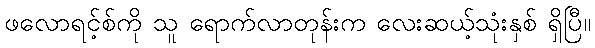
ဖလောရင့်စ်ကို သူ ရောက်လာတုန်းက လေးဆယ့်သုံးနှစ် ရှိပြီ။